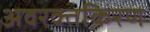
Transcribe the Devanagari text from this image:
अवरक्तकिरण